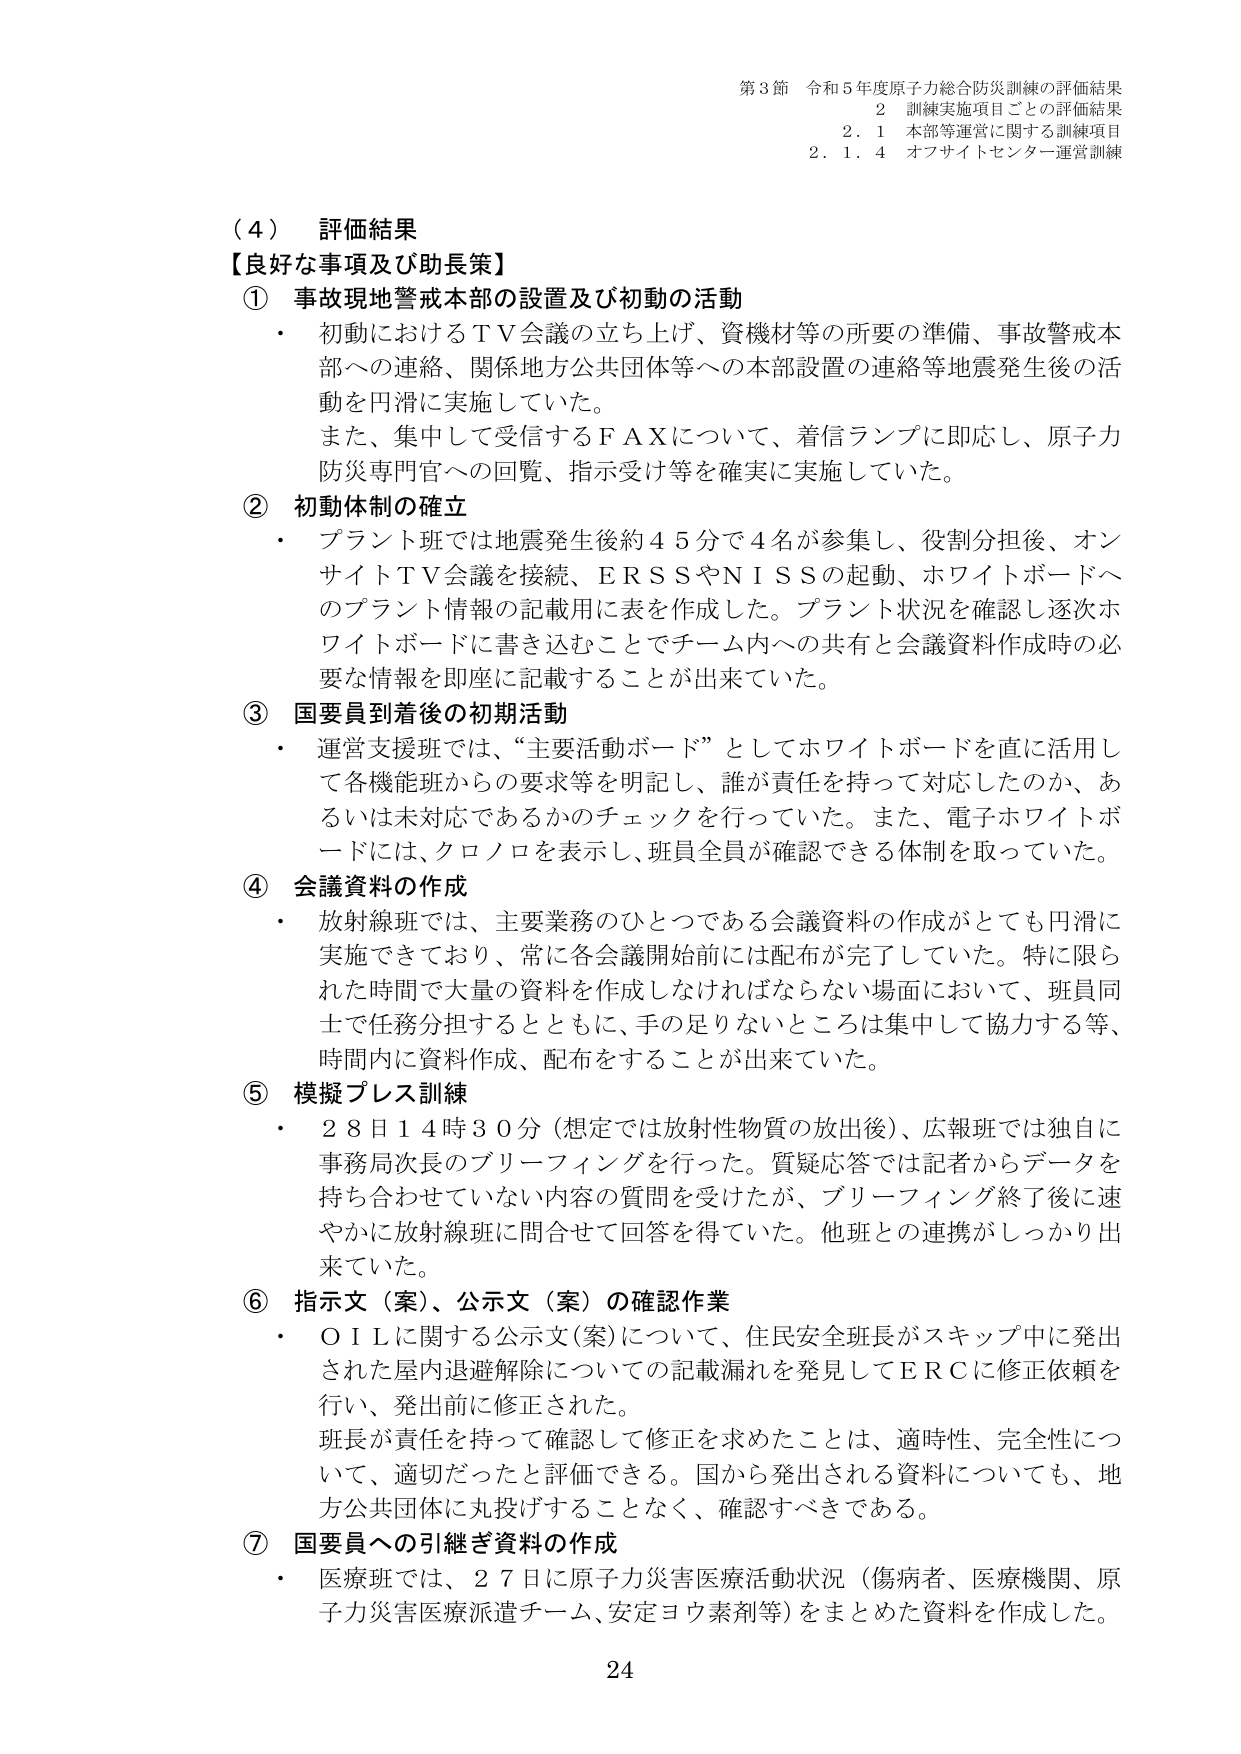
第3節 令和5年度原子力総合防災訓練の評価結果
2 訓練実施項目ごとの評価結果
2.1 本部等運営に関する訓練項目
2.1.4 オフサイトセンター運営訓練

（4） 評価結果
【良好な事項及び助長策】
① 事故現地警戒本部の設置及び初動の活動
・ 初動におけるＴＶ会議の立ち上げ、資機材等の所要の準備、事故警戒本部への連絡、関係地方公共団体等への本部設置の連絡等地震発生後の活動を円滑に実施していた。
また、集中して受信するＦＡＸについて、着信ランプに即応し、原子力防災専門官への回覧、指示受け等を確実に実施していた。

② 初動体制の確立
・ プラント班では地震発生後約45分で4名が参集し、役割分担後、オンサイトＴＶ会議を接続、ＥＲＳＳやＮＩＳＳの起動、ホワイトボードへのプラント情報の記載用に表を作成した。プラント状況を確認し逐次ホワイトボードに書き込むことでチーム内への共有と会議資料作成時の必要な情報を即座に記載することが出来ていた。

③ 国要員到着後の初期活動
・ 運営支援班では、“主要活動ボード”としてホワイトボードを直に活用して各機能班からの要求等を明記し、誰が責任を持って対応したのか、あるいは未対応であるかのチェックを行っていた。また、電子ホワイトボードには、クロノロを表示し、班員全員が確認できる体制を取っていた。

④ 会議資料の作成
・ 放射線班では、主要業務のひとつである会議資料の作成がとても円滑に実施できており、常に各会議開始前には配布が完了していた。特に限られた時間で大量の資料を作成しなければならない場面において、班員同士で任務分担するとともに、手の足りないところは集中して協力する等、時間内に資料作成、配布をすることが出来ていた。

⑤ 模擬プレス訓練
・ 28日14時30分（想定では放射性物質の放出後）、広報班では独自に事務局次長のブリーフィングを行った。質疑応答では記者からデータを持ち合わせていない内容の質問を受けたが、ブリーフィング終了後に速やかに放射線班に問合せて回答を得ていた。他班との連携がしっかり出来ていた。

⑥ 指示文（案）、公示文（案）の確認作業
・ ＯＩＬに関する公示文（案）について、住民安全班長がスキップ中に発出された屋内退避解除についての記載漏れを発見してＥＲＣに修正依頼を行い、発出前に修正された。
班長が責任を持って確認して修正を求めたことは、適時性、完全性について、適切だったと評価できる。国から発出される資料についても、地方公共団体に丸投げすることなく、確認すべきである。

⑦ 国要員への引継ぎ資料の作成
・ 医療班では、27日に原子力災害医療活動状況（傷病者、医療機関、原子力災害医療派遣チーム、安定ヨウ素剤等）をまとめた資料を作成した。

24